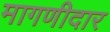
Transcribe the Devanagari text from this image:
मागणीदार